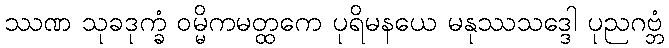
ဿဏ သုခဒုက္ခံ ဝမ္မိကမတ္ထကေ ပုရိမနယေ မနုဿသဒ္ဒေါ ပုညဂဗ္ဘံ